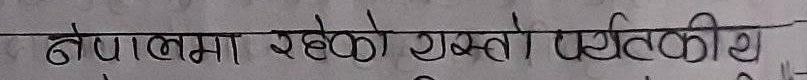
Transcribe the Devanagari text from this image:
नेपालमा रहेको यस्तो व्यक्तिकी